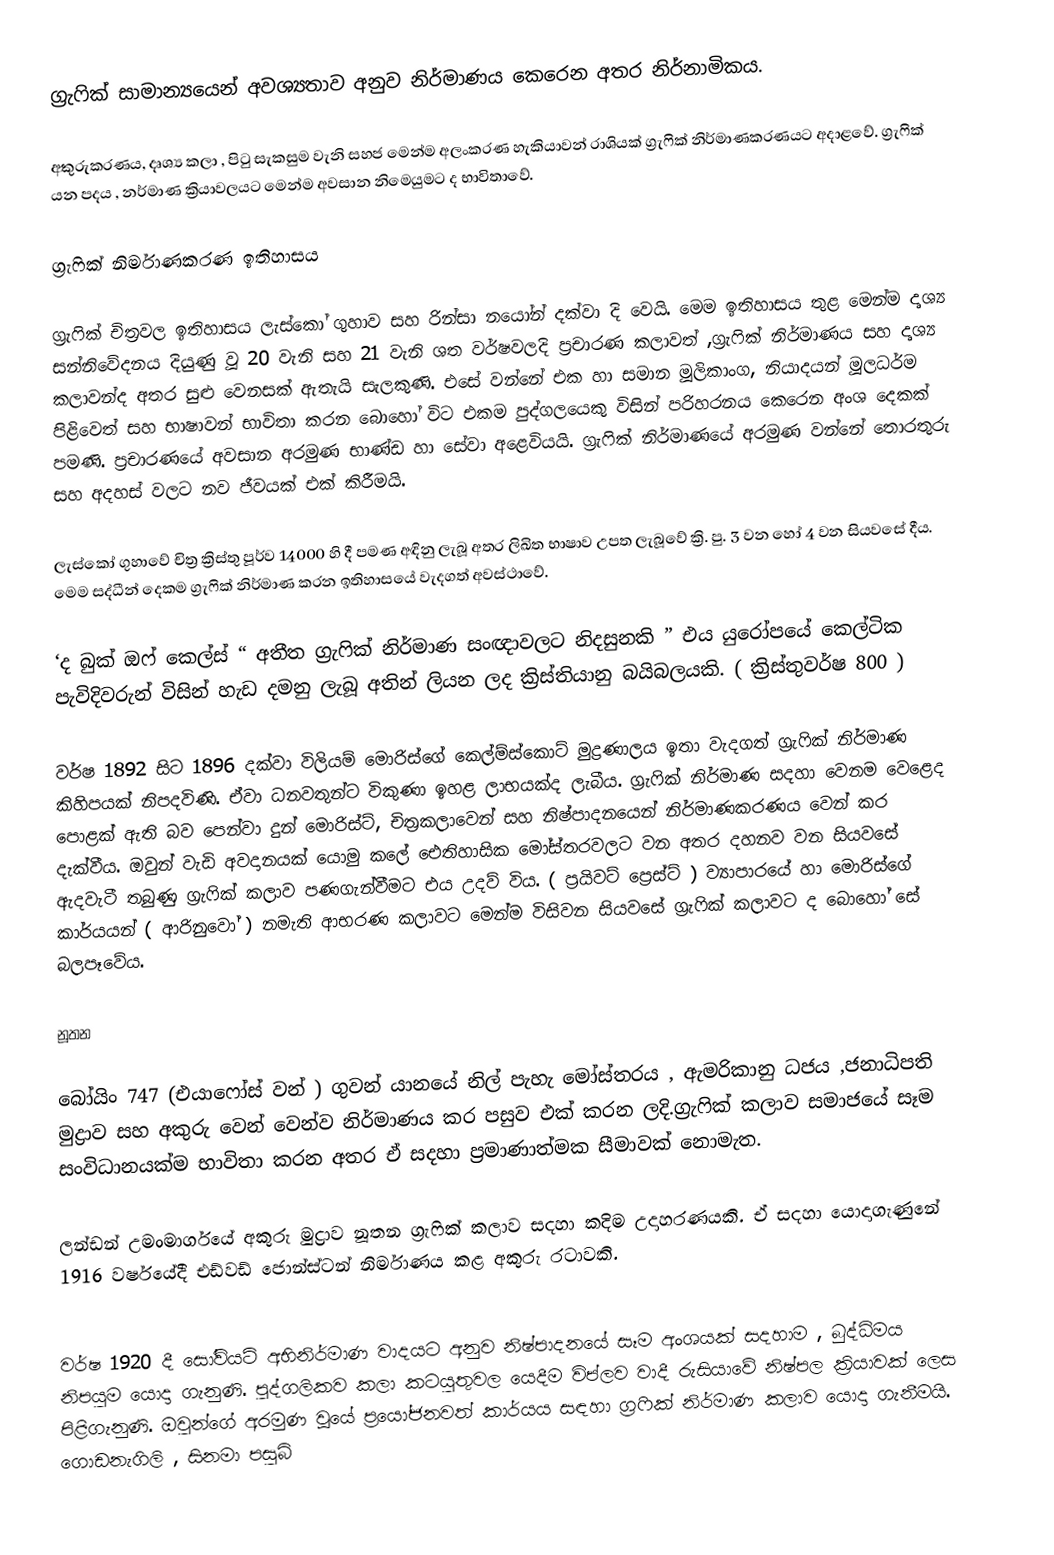
ග්‍රැෆික් සාමාන්‍යයෙන් අවශ්‍යතාව අනුව නිර්මාණය කෙරෙන අතර නිර්නාමිකය.

අකුරුකරණය, දෘශ්‍ය කලා , පිටු සැකසුම වැනි සහජ මෙන්ම අලංකරණ හැකියාවන් රාශියක් ග්‍රැෆික් නිර්මාණකරණයට අදාළවේ. ග්‍රැෆික් යන පදය , නර්මාණ ක්‍රියාවලයට මෙන්ම අවසාන නිමෙයුමට ද භාවිතාවේ.

ග්‍රැෆික් නිර්මාණකරණ ඉතිහාසය

ග්‍රැෆික් චිත්‍රවල ඉතිහාසය ලැස්කෝ ගුහාව සහ රින්සා නයෝන් දක්වා දි වෙයි. මෙම ඉතිහාසය තුළ මෙන්ම දෘශ්‍ය සන්නිවේදනය දියුණු වූ 20 වැනි සහ 21 වැනි ශත වර්ෂවලදි ප්‍රචාරණ කලාවත් ,ග්‍රැෆික් නිර්මාණය සහ දෘශ්‍ය කලාවන්ද අතර සුළු වෙනසක් ඇතැයි සැලකුණි. එසේ වන්නේ එක හා සමාන මූලිකාංග, නියාදයන් මූලධර්ම පිළිවෙත් සහ භාෂාවන් භාවිතා කරන බොහෝ විට එකම පුද්ගලයෙකු විසින් පරිහරනය කෙරෙන අංශ දෙකක් පමණි. ප්‍රචාරණයේ අවසාන අරමුණ භාණ්ඩ හා සේවා අළෙවියයි. ග්‍රැෆික් නිර්මාණයේ අරමුණ වන්නේ තොරතුරු සහ අදහස් වලට නව ජීවයක් එක් කිරීමයි.

ලැස්කෝ ගුහාවේ චිත්‍ර ක්‍රිස්තු පූර්ව 14000 හි දී පමණ අඳිනු ලැබූ අතර ලිඛිත භාෂාව උපත ලැබූවේ ක්‍රි. පු. 3 වන හෝ 4 වන සියවසේ දීය. මෙම සද්ධීන් දෙකම ග්‍රැෆික් නිර්මාණ කරන ඉතිහාසයේ වැදගත් අවස්ථාවේ.

‘ද බුක් ඔෆ් කෙල්ස් “ අතීත ග්‍රැෆික් නිර්මාණ සංඥාවලට නිදසුනකි ” එය යුරෝපයේ කෙල්ටික පැවිදිවරුන් විසින් හැඩ දමනු ලැබූ අතින් ලියන ලද ක්‍රිස්තියානු බයිබලයකි. ( ක්‍රිස්තුවර්ෂ 800 )

වර්ෂ 1892 සිට 1896 දක්වා විලියම් මොරිස්ගේ කෙල්ම්ස්කොට් මුද්‍රණාලය ඉතා වැදගත් ග්‍රැෆික්  නිර්මාණ කිහිපයක් නිපදවිණි. ඒවා ධනවතුන්ට විකුණා ඉහළ ලාභයක්ද ලැබීය. ග්‍රැෆික් නිර්මාණ සදහා වෙනම වෙළෙද පොළක් ඇති බව පෙන්වා දුන් මොරිස්ට්, චිත්‍රකලාවෙන් සහ නිෂ්පාදනයෙන් නිර්මාණකරණය වෙන් කර දැක්වීය. ඔවුන් වැඩි අවදානයක් යොමු කලේ ඓතිහාසික මෝස්තරවලට වන අතර දහනව වන සියවසේ ඇදවැටී තබුණු ග්‍රැෆික් කලාව පණගැන්වීමට එය උදව් විය. ( ප්‍රයිවට් ප්‍රෙස්ට් ) ව්‍යාපාරයේ හා මොරිස්ගේ කාර්යයන් ( ආරිනුවෝ ) නමැති ආභරණ කලාවට මෙන්ම විසිවන සියවසේ ග්‍රැෆික් කලාවට ද බොහෝ සේ බලපෑවේය.

නූතන

බෝයිං 747 (එයාෆෝස් වන් ) ගුවන්  යානයේ නිල් පැහැ මෝස්තරය , ඇමරිකානු ධජය ,ජනාධිපති මුද්‍රාව සහ අකුරු වෙන් වෙන්ව නිර්මාණය කර පසුව එක් කරන ලදි.ග්‍රැෆික් කලාව සමාජයේ සෑම සංවිධානයක්ම භාවිතා කරන අතර ඒ සදහා ප්‍රමාණාත්මක සීමාවක් නොමැත.

ලන්ඩන් උමංමාර්ගයේ අකුරු මුද්‍රාව නූතන ග්‍රැෆික් කලාව සදහා කදිම උදාහරණයකි. ඒ සදහා යොදාගැණුනේ 1916 වර්ෂයේදී එඩ්වඩ් ජොන්ස්ටන් නිර්මාණය කළ අකුරු රටාවකි.

වර්ෂ 1920 දී සෝවියට් අභිනිර්මාණ වාදයට අනුව නිෂ්පාදනයේ සෑම අංශයක් සදහාම , බුද්ධිමය නිපයුම යොදා ගැනුණි. පුද්ගලිකව කලා කටයුතුවල යෙදීම විප්ලව වාදී රුසියාවේ  නිෂ්පල ක්‍රියාවක් ලෙස පිළිගැනුණි. ඔවුන්ගේ අරමුණ වූයේ ප්‍රයෝජනවත් කාර්යය සඳහා ග්‍රෆික් නිර්මාණ කලාව යොදා ගැනීමයි. ගොඩනැගිලි , සිනමා පසුබි